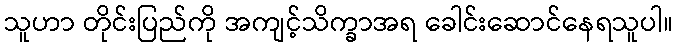
သူဟာ တိုင်းပြည်ကို အကျင့်သိက္ခာအရ ခေါင်းဆောင်နေရသူပါ။